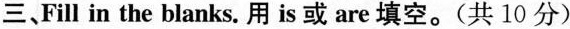
三、Fill in the blanks.用is或are填空。（共10分）